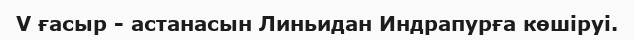
V ғасыр - астанасын Линьидан Индрапурға көшіруі.